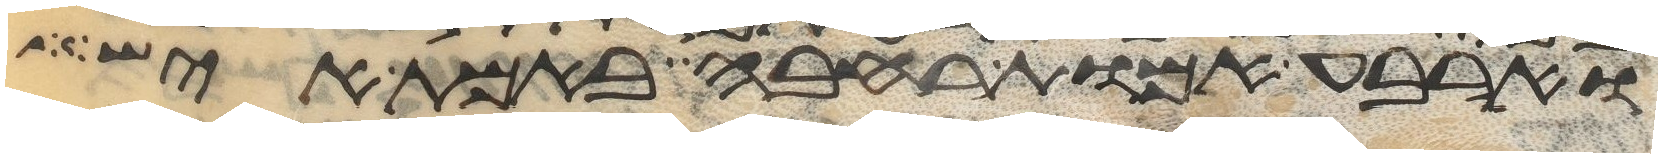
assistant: וארבע אמות רחבה באמת איש